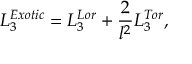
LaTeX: L _ { 3 } ^ { E x o t i c } = L _ { 3 } ^ { L o r } + \frac { 2 } { l ^ { 2 } } L _ { 3 } ^ { T o r } ,